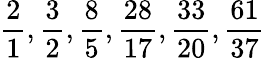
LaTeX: {\frac{2}{1}},{\frac{3}{2}},{\frac{8}{5}},{\frac{28}{17}},{\frac{33}{20}},{\frac{61}{37}}